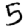
Digit: 5